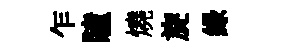
乍瞳燒旋緑